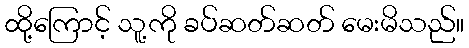
ထို့ကြောင့် သူ့ကို ခပ်ဆတ်ဆတ် မေးမိသည်။